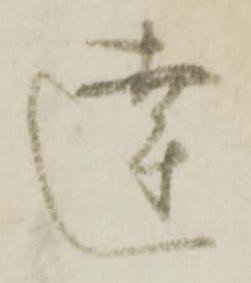
達